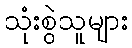
သုံးစွဲသူများ